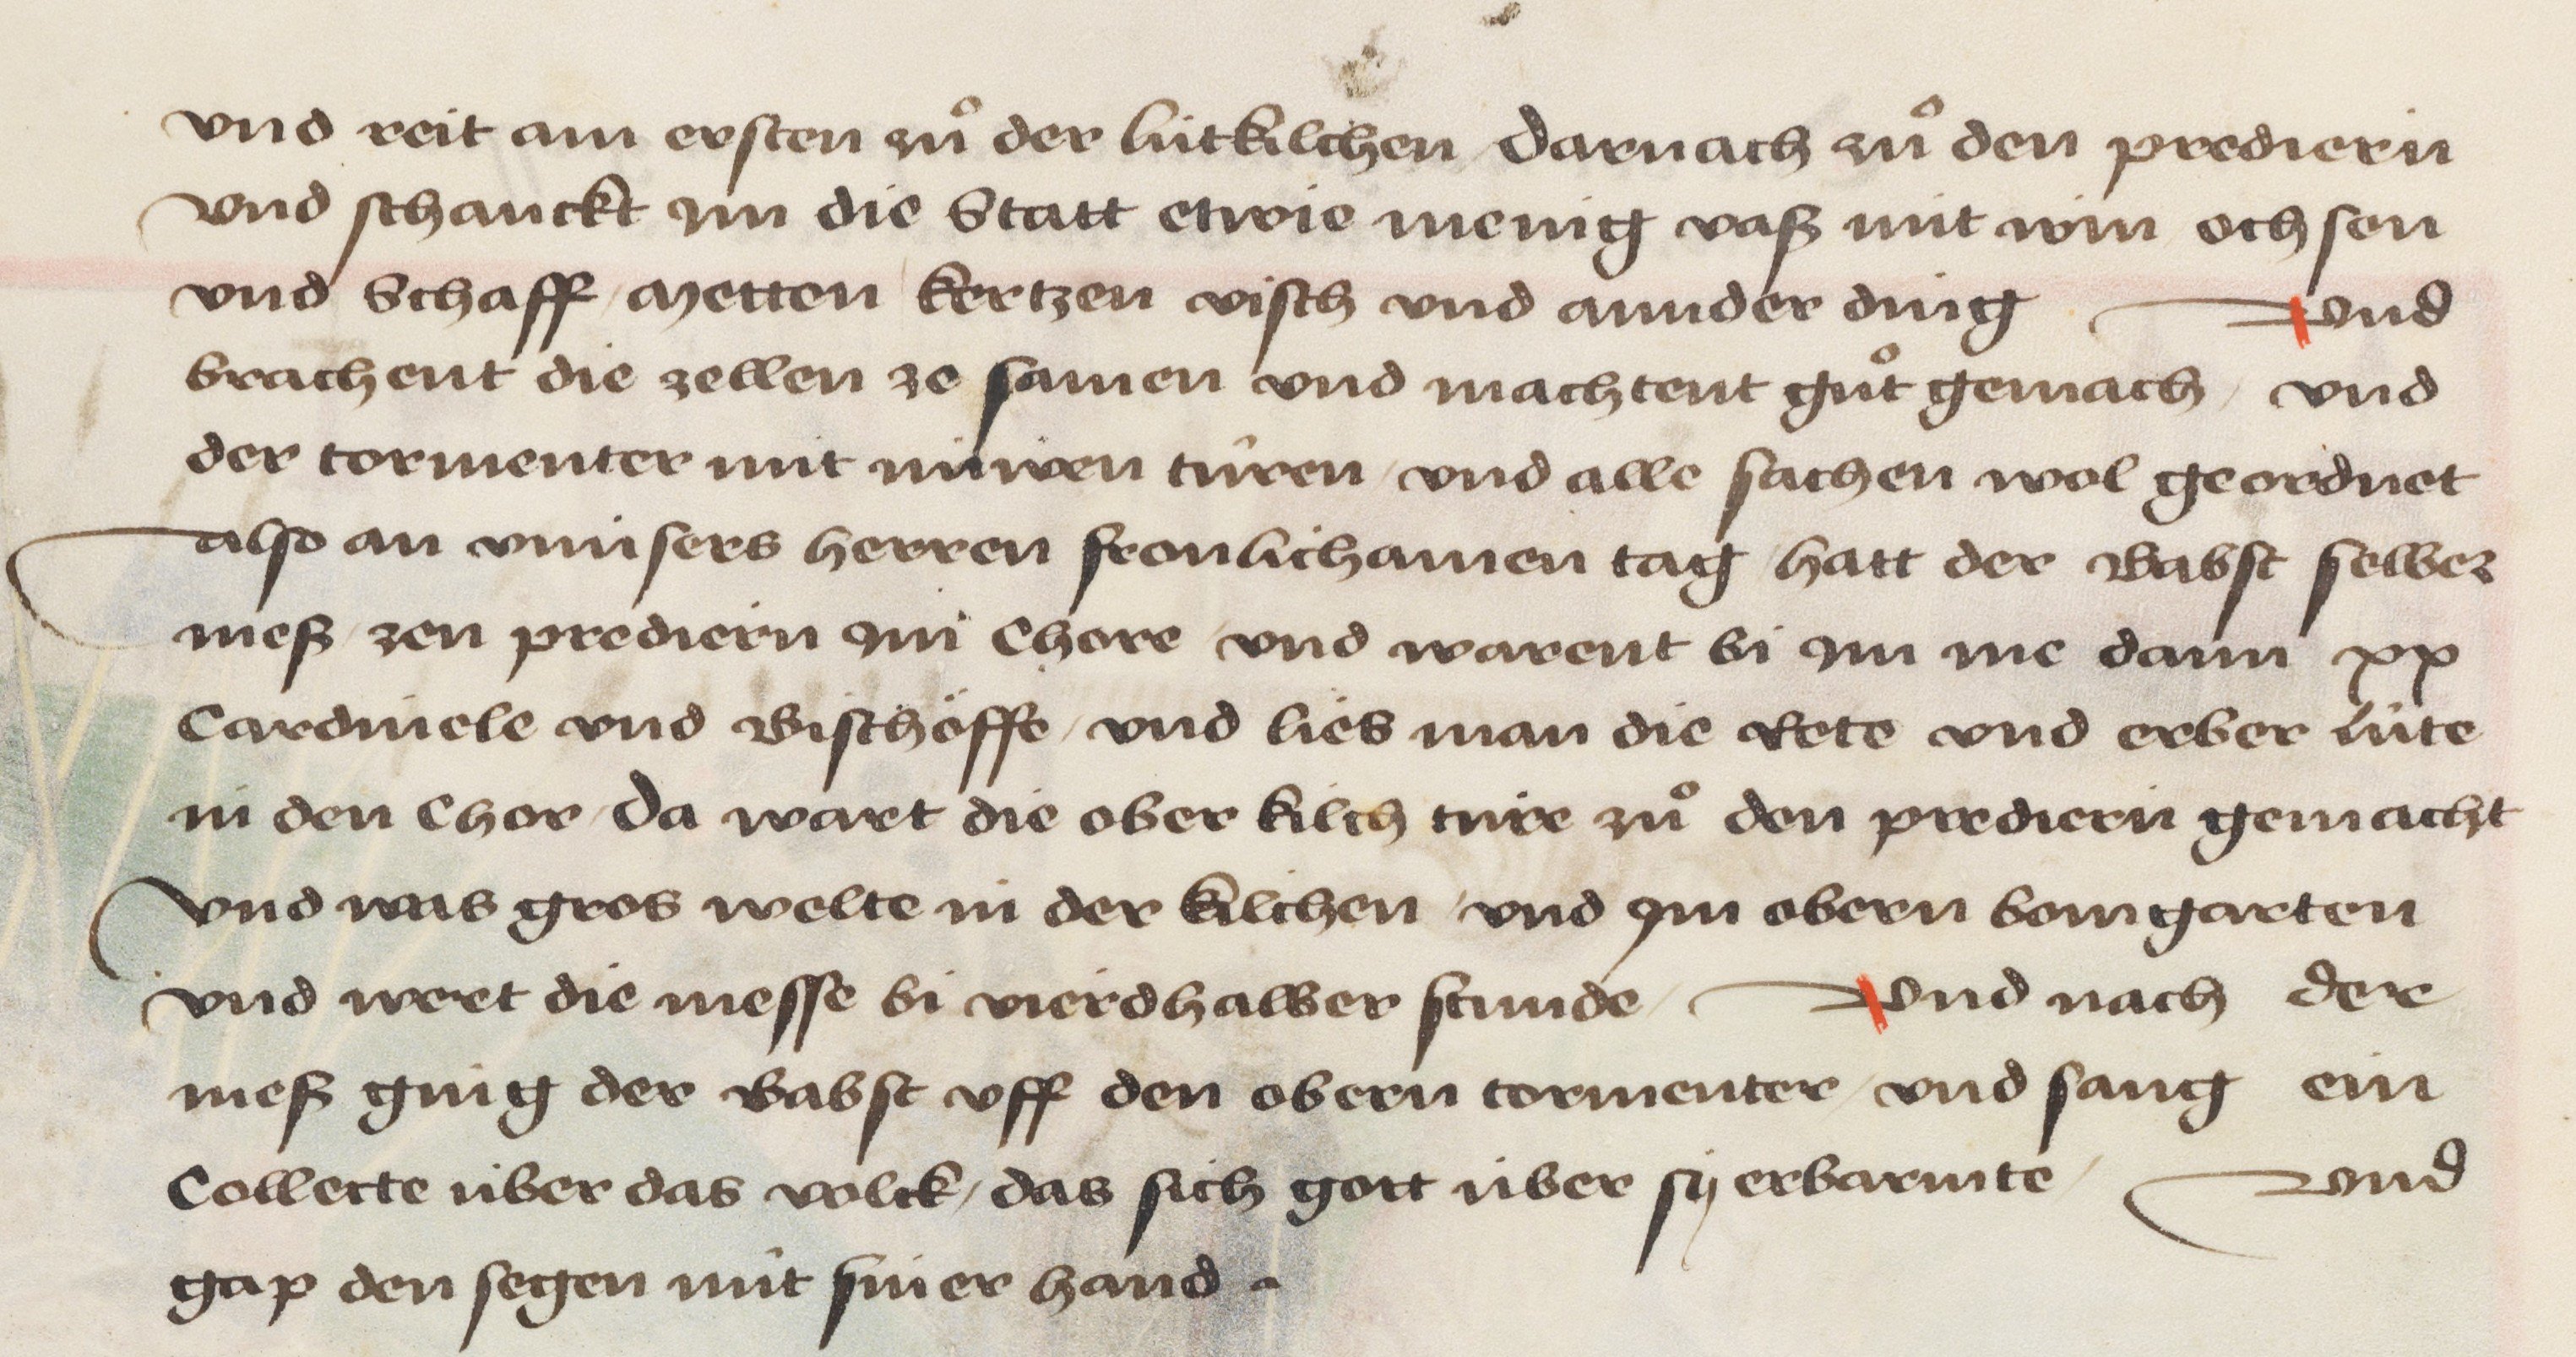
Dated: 1478–1483